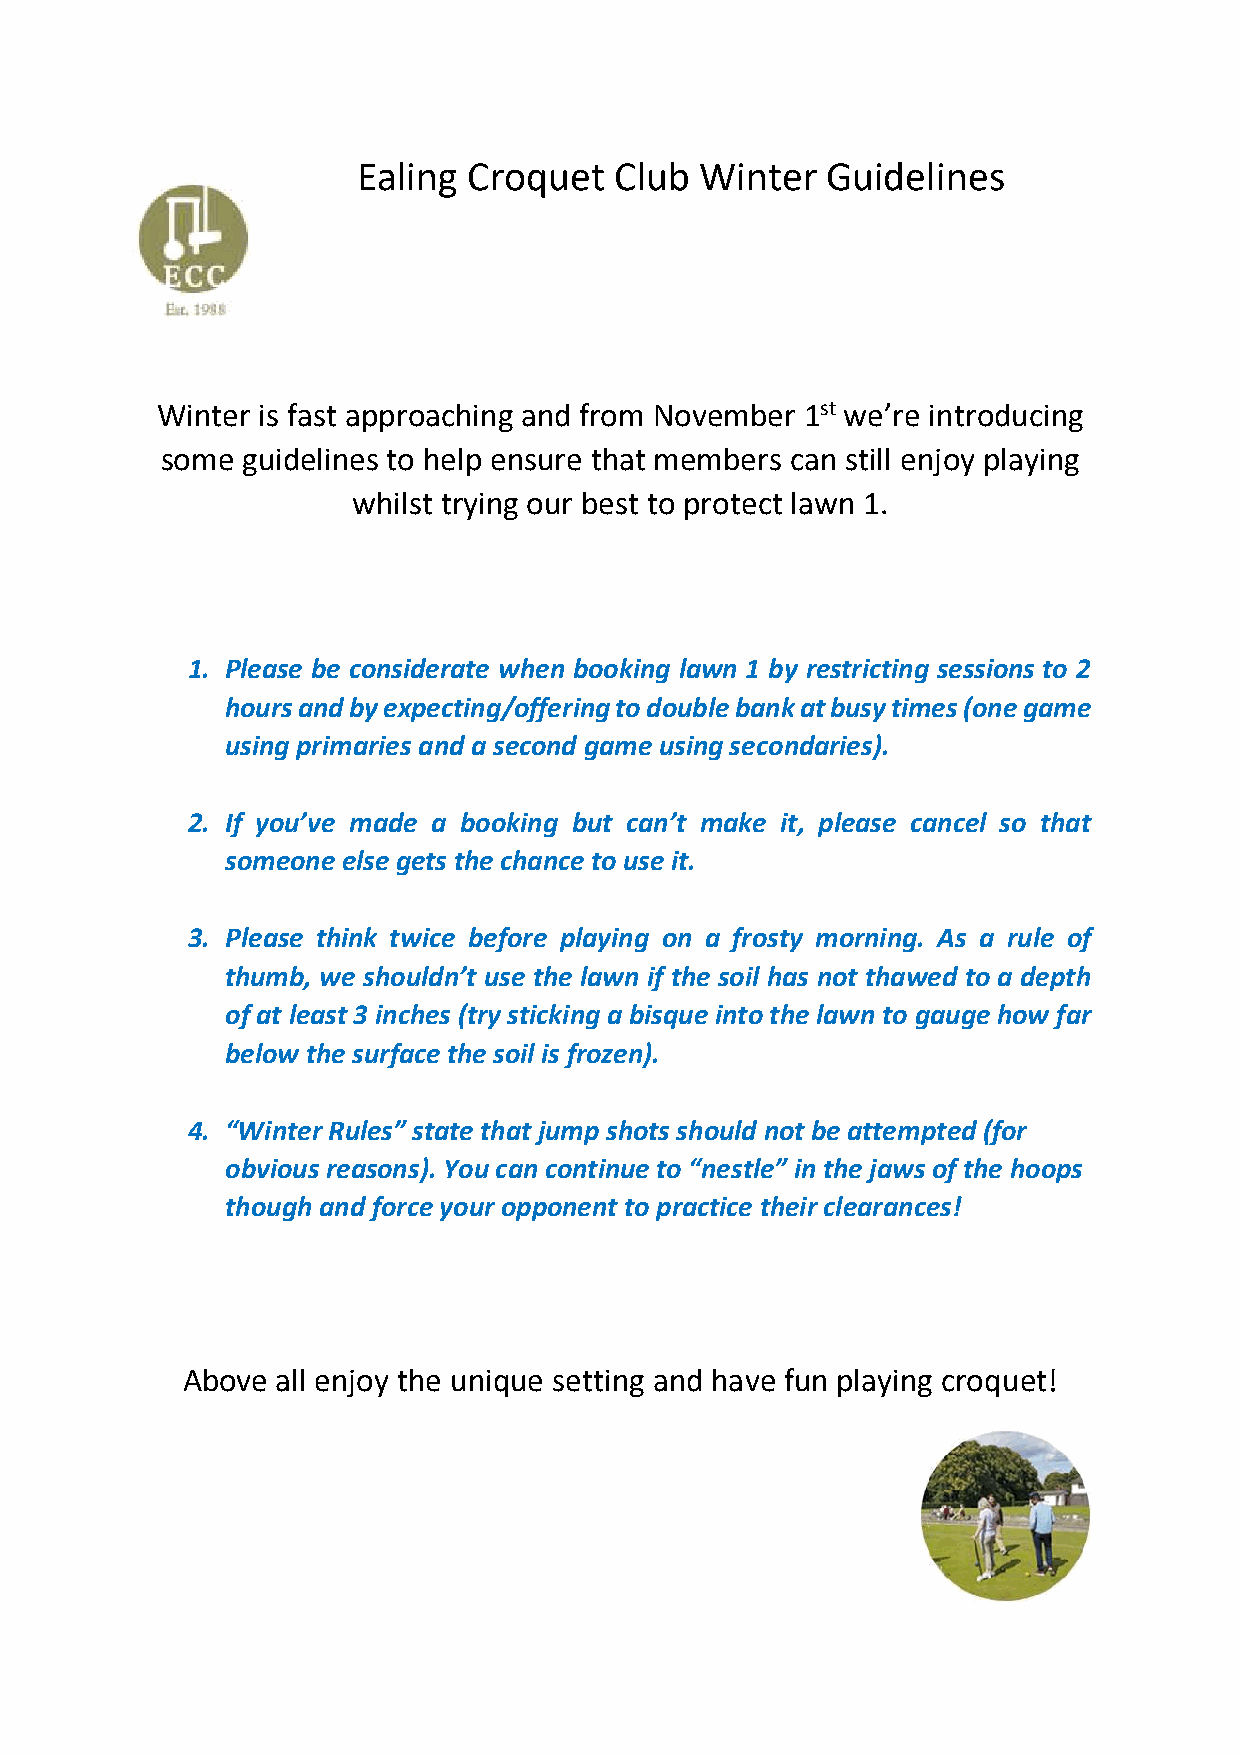
Ealing Croquet   Club Winter   Guidelines
 Winter is fast approaching and from November 1st we’re introducing
 some guidelines to help ensure that members can still enjoy playing
 whilst trying our best to protect lawn 1.
 1. Please be considerate when booking lawn 1 by restricting sessions to 2
 hours and by expecting/offering to double bank at busy times (one game
 using primaries and a second game using secondaries).
 2. If you’ve made a booking but can’t make it, please cancel so that
 someone else gets the chance to use it.
 3. Please think twice before playing on a frosty morning. As a rule of
 thumb, we shouldn’t use the lawn if the soil has not thawed to a depth
 of at least 3 inches (try sticking a bisque into the lawn to gauge how far
 below the surface the soil is frozen).
 4. “Winter Rules” state that jump shots should not be attempted (for
 obvious reasons). You can continue to “nestle” in the jaws of the hoops
 though and force your opponent to practice their clearances!
 Above all enjoy the unique setting and have fun playing croquet!